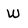
Character: w